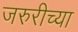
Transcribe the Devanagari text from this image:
जरुरीच्या